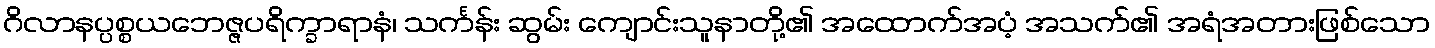
ဂိလာနပ္ပစ္စယဘေဇ္ဇပရိက္ခာရာနံ၊ သင်္ကန်း ဆွမ်း ကျောင်းသူနာတို့၏ အထောက်အပံ့ အသက်၏ အရံအတားဖြစ်သော